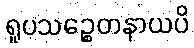
ရူပသဉ္စေတနာယပိ